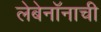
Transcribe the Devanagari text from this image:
लेबेनॉनाची